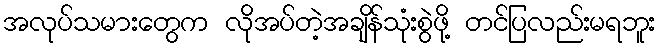
အလုပ်သမားတွေက လိုအပ်တဲ့အချိန်သုံးစွဲဖို့ တင်ပြလည်းမရဘူး